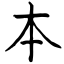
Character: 本